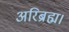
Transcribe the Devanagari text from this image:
अरिब्रह्म।